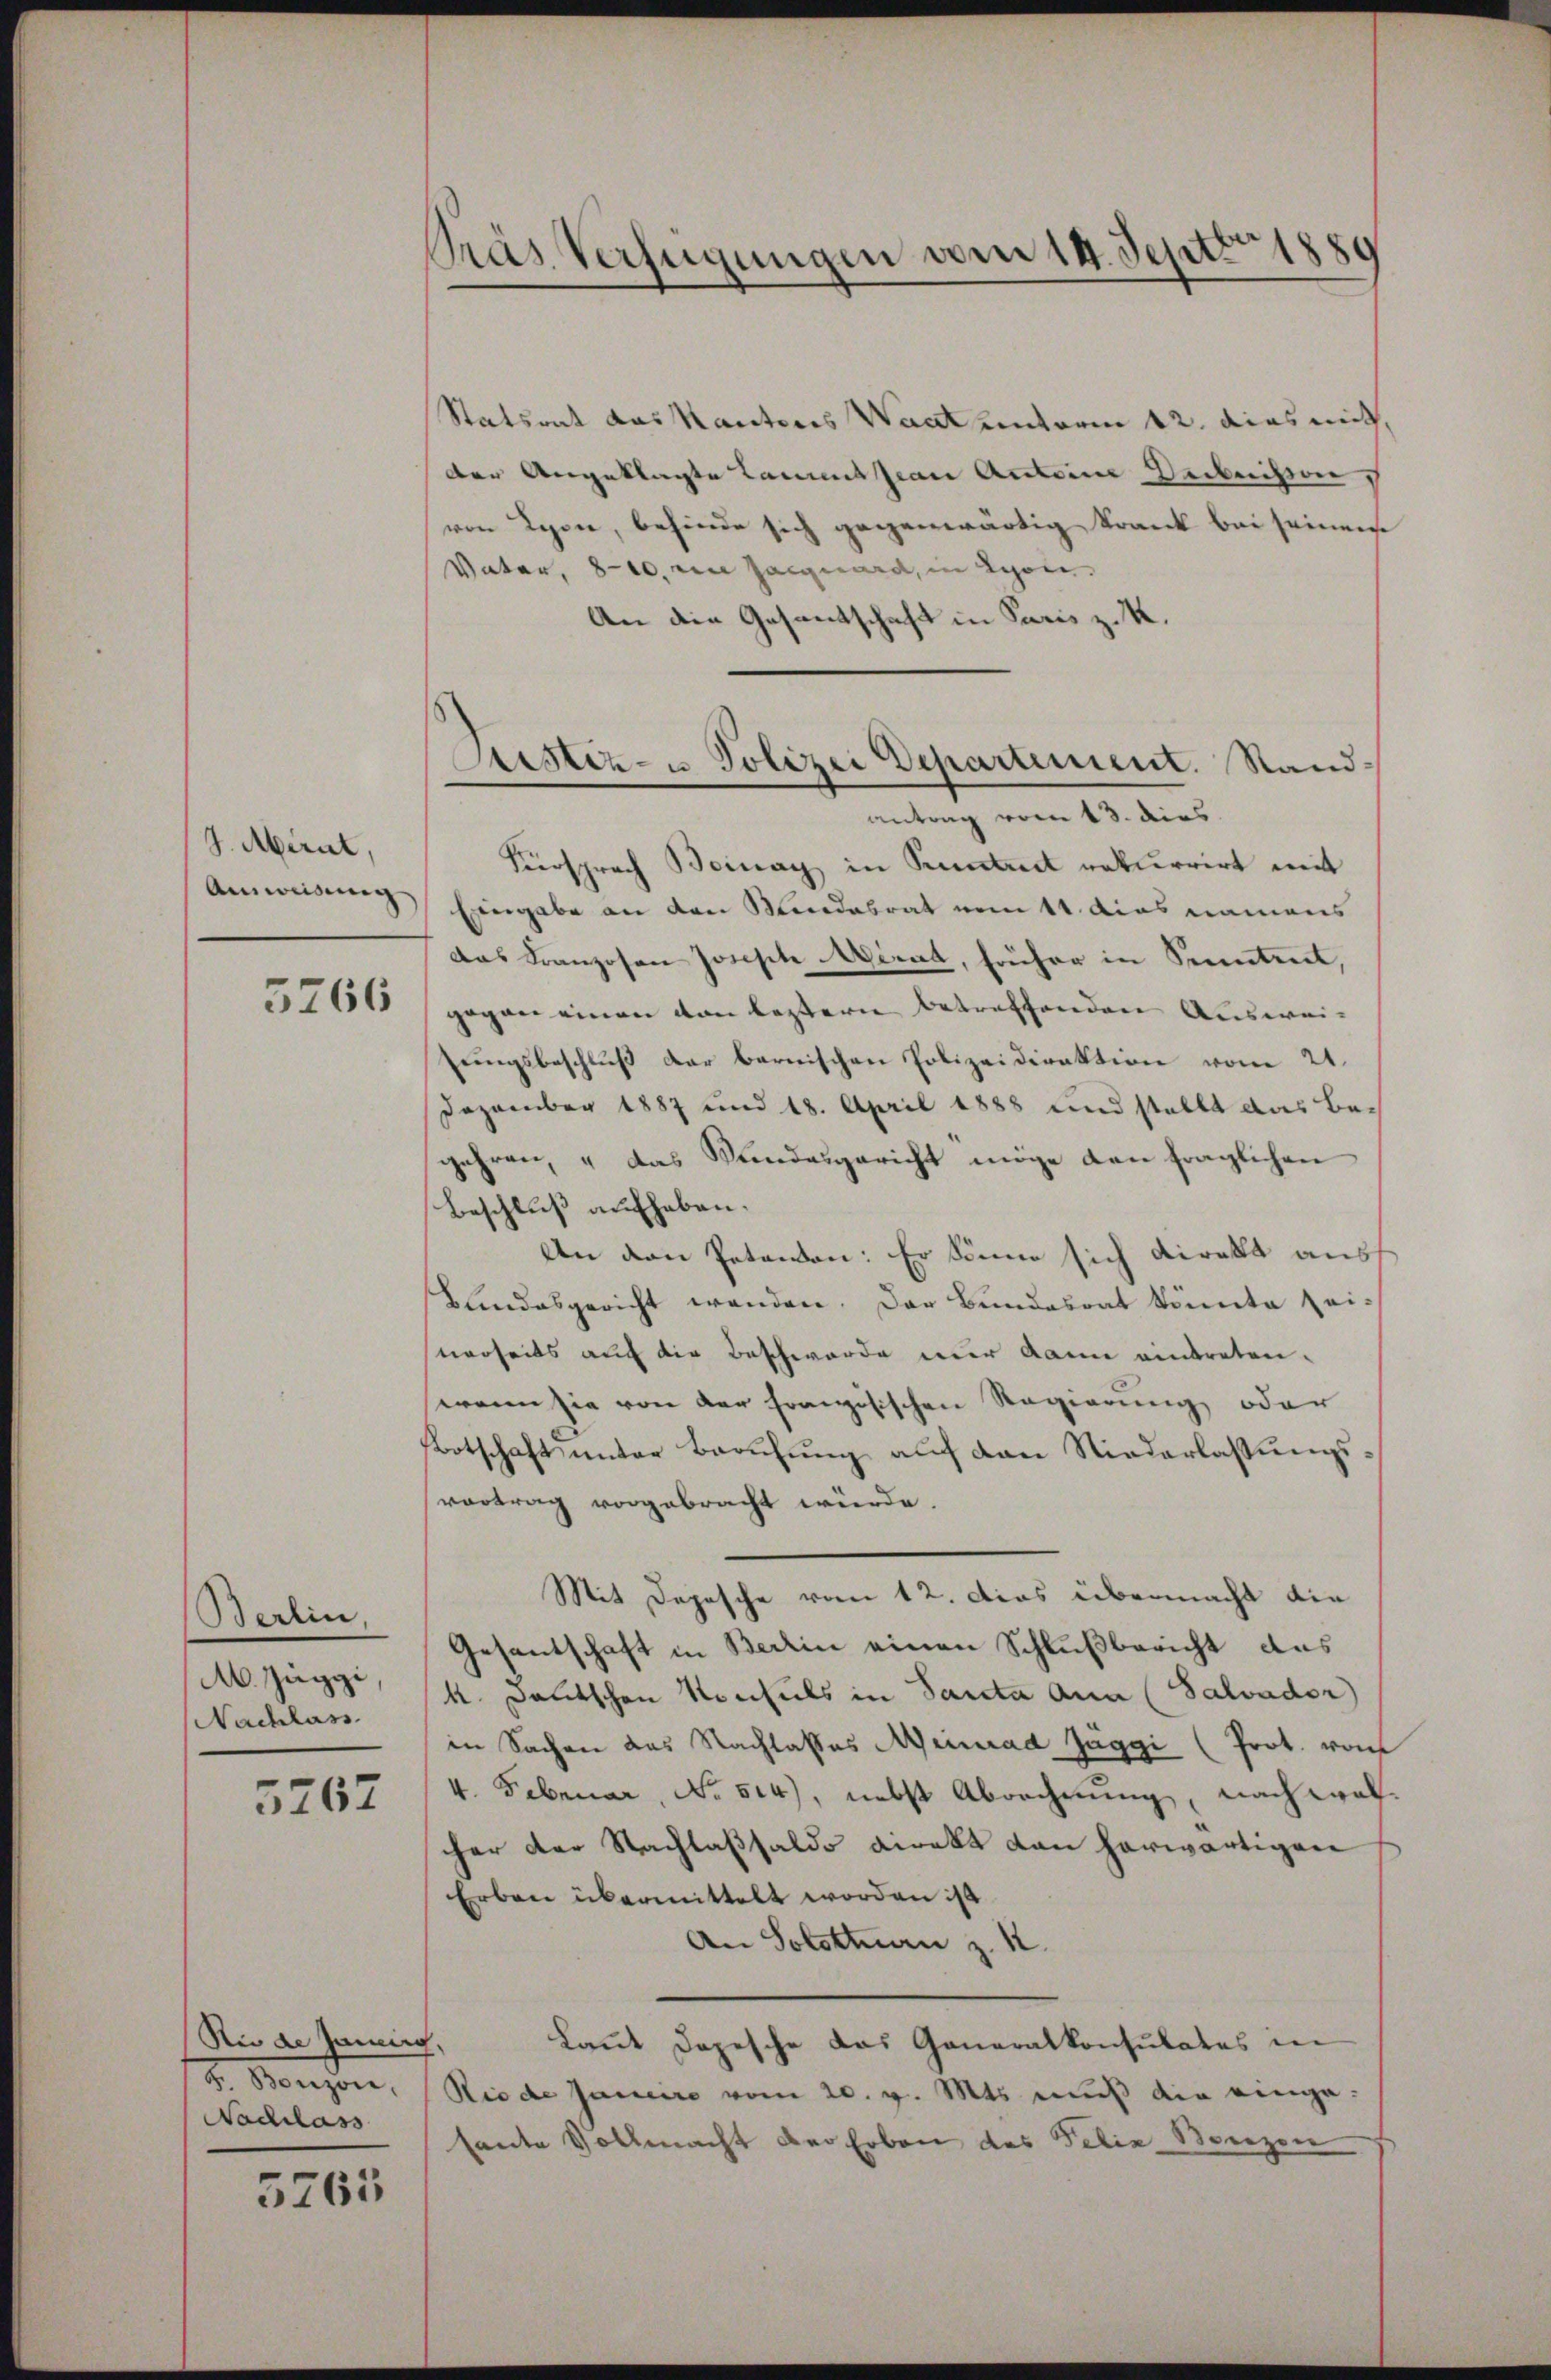
I. Miril,
Anweisung

5266

Berlin
M. Jaggi,
Nachlass

3267

Nie de Jenning,
H. Bonzon,
Nachlass

5763

Pras Verfügungen vom 14. Septbr 1889

Sistiz- u Polizei Departement. Sand¬

Statsrat das Kantons Waarentorin 12. dies mit,
der Angeklagte Lammtsian Antoine Deibnissen
von Lyon, behinde sich gegenwärtig krank bei seinen
Vater, 820. r Jacquard, in Lyon,
An die Gesantschaft in Paris z. K.
antrag vom 13. dies
Fürsprach Beinay in Pruntre rekurrirt mit
Eingabe an den Mindesrat vom 11. dies namens
Das Franzosen Joseph Airat, früher in Sonntent,
gegen einen von leztern betreffenden Ausweitŭngsbeschlŭβ der bernischen Polizeidirektion vom 21.
Dezember 1887 und 18. April 1888 und stellt das Begehren, u das Sandesgericht möge den fraglichen
Beschluß aufhaben.
An den Petenen: Er könne sich direkt auss
Blindesgericht wenden. Der Bundesrat könnte seiverseits auf die Beschwerde mir dann eintreten.
wenn sie von der Französischen Regierung oder
Botschaft unter Berufung auf den Niederlassungsvortrag vorgebracht würde.
Mit Depesche vom 12. Das übermacht die
Gesantschaft in Berlin einen Schlußbericht aus
k. Deutschen Konsuls in Santa Ana (Salvader)
in Sachen das Nachlasses Meinrad Jäggi (Prot. von
4. Februar, No 514), nebst Abrechnung, nach welcher der Nachlaßsaldo direkt dan herwärtigen
Erben übermittelt worden ist
An Solottuan z. K.
Laut Depesche das Generalkonsulates in
Rio de Janeiro vom 20. v. Mts. muß die eingesante Vollmacht der Erben des Felix Benzen